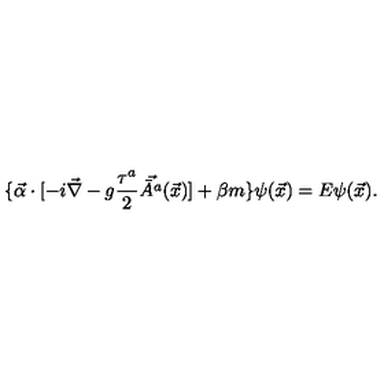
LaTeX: \{ \vec { \alpha } \cdot [ - i \vec { \nabla } - g \frac { \tau ^ { a } } { 2 } \vec { \bar { A } ^ { a } } ( \vec { x } ) ] + \beta m \} \psi ( \vec { x } ) = E \psi ( \vec { x } ) .